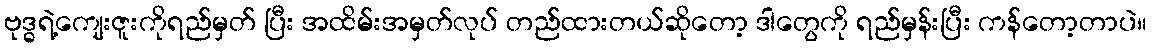
ဗုဒ္ဓရဲ့ကျေးဇူးကိုရည်မှတ် ပြီး အထိမ်းအမှတ်လုပ် တည်ထားတယ်ဆိုတော့ ဒါတွေကို ရည်မှန်းပြီး ကန်တော့တာပဲ။